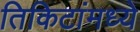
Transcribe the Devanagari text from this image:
तिकिटांमध्ये